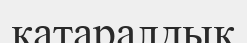
қатаралдық